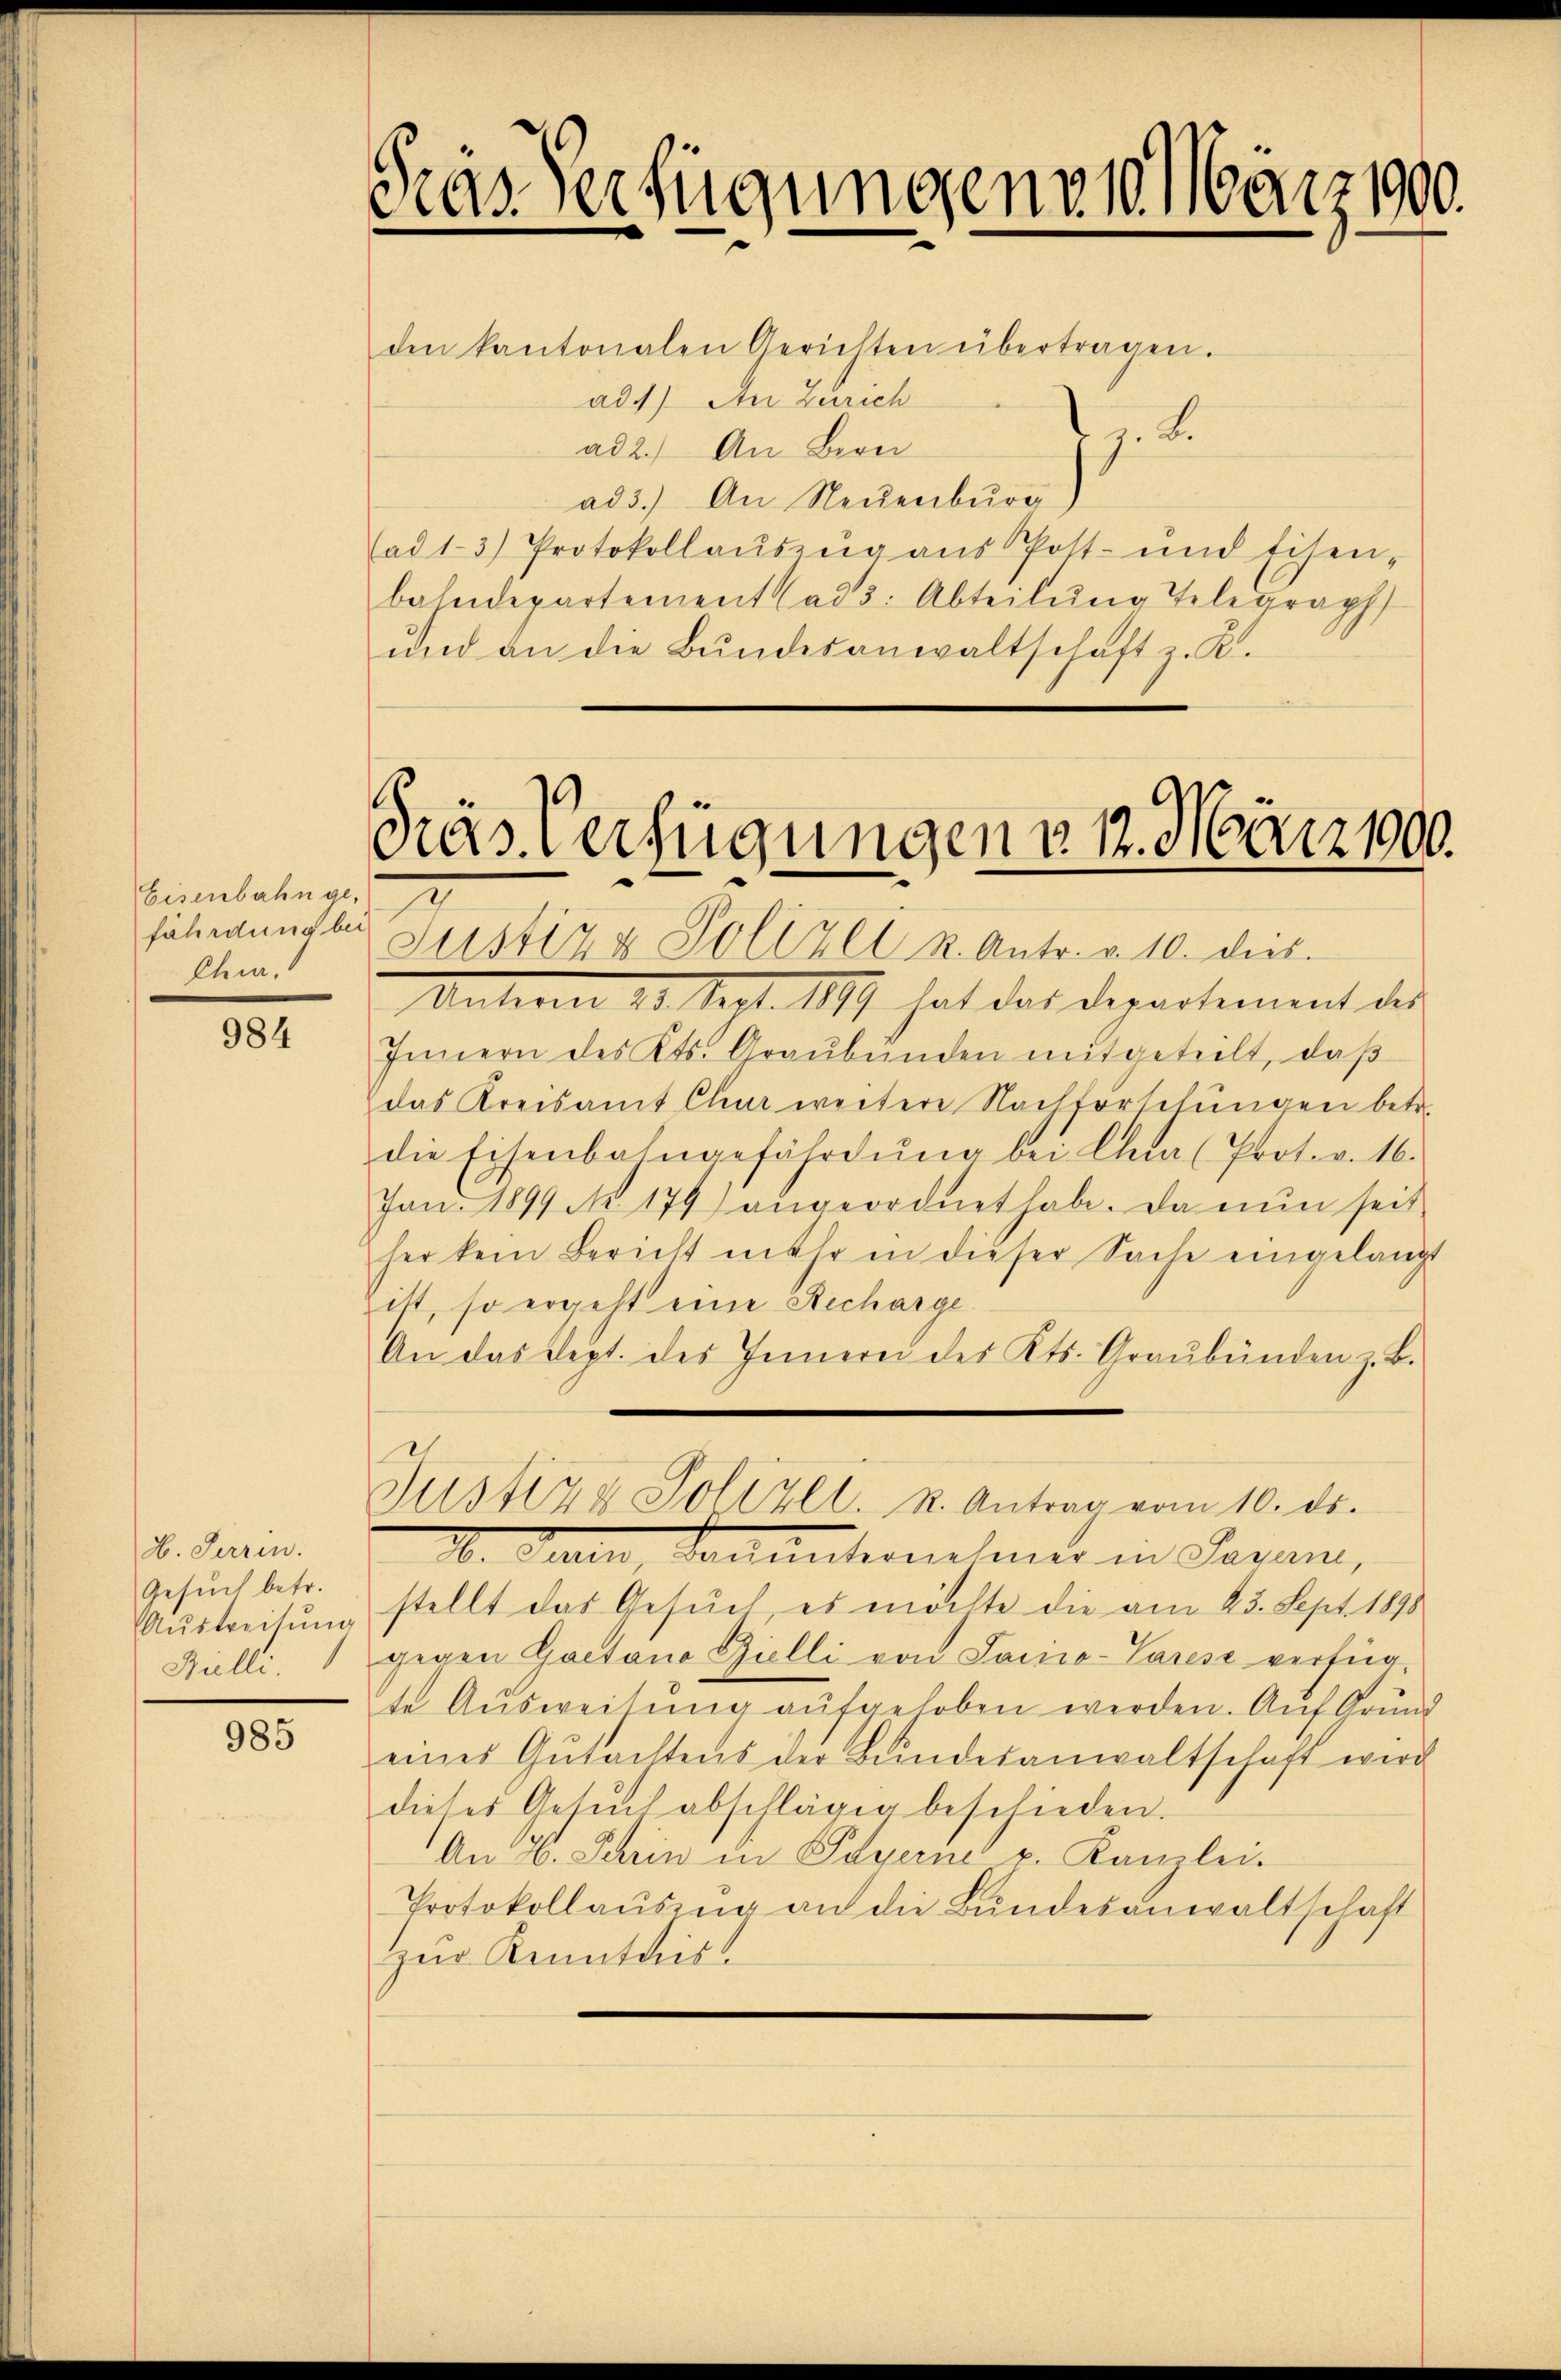
Eisenbahnge,
fährdung bei
Chur,

984

H. Serrin.
Gesŭch betr.
Aŭstreitŭng
Mille.

985

Gras Verfügungens 10. März 1900.

den kantonalen Gerichten übertragen.
ad 4) An Zürich
ad 2.) An Bern
ad 3.) An Neuenburg
ad 1-3.) Protokollauszug aus Post- und Eisen-
bahndepartement (ad 3. Abteilŭng Telegraph
und an die Bundesanwaltschaft z. R.

Pras Verfügungen v. 12. März 1900.
.

Justiz & Polizei u. Antr. v. 10. dies
Unterm 20. Sept. 1871 hat das Departement des
Innern des Kts. Graubünden mitgeteilt, daß
das Kreisamt Chur weitere Nachforschungen betr.
die Eisenbahngefährtŭng bei Chia (Prot. v. 16.
Juni 1899 No 179) angeordnet habe. Da nun seit
her kein Bericht mehr in dieser Sache eingelangt
itt, so ergeht eine Stecharge
An das Sept. des Innerei des Kts. Graubünden z. B.
Justiz & Polizel. u. Antrag vom 10. ds.
10. Juni, Sontanternehmer in Javan,
stellt das Gesuch es möchte die am 23. Sept. 1890
gegen Gaetano Gielli von Sacica-Sares verfüg-
te Ausweisung aufgehoben werden. Auf Grund
eines Gŭtachtens der Bŭndesanwaltschaft wird.
dieses Gesŭch abschlägig beschieden.
An 46. Serin in Payerne v. Kanzlei.
Protokollaŭsing an die Bŭndesanwaltschaft
zur Kenntnis

z. B.